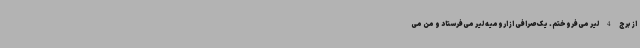
از برج 4 لیر می‌فروختم. یک صرافی‌ از ارومیه لیر می‌فرستاد و من می